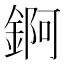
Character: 錒